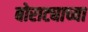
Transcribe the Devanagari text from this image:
बोराट्याच्या